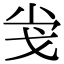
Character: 𢦢